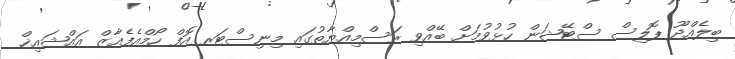
ބިލެއްދޫ ޕޮލިސް ސްޓޭޝަން ހުޅުވުމަށް ބޭއްވި ރަސްމިއްޔާތުގައި މިނިސްޓަރ އޮފް ހޯމްއެފެއާޒް އައްޝައިޚް